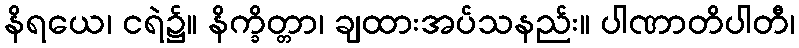
နိရယေ၊ ငရဲ၌။ နိက္ခိတ္တာ၊ ချထားအပ်သနည်း။ ပါဏာတိပါတီ၊